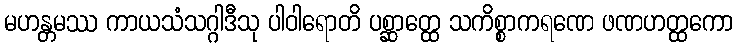
မဟန္တမဿ ကာယသံသဂ္ဂါဒီသု ပါဝါရောတိ ပစ္ဆာတ္ထေ သကိစ္စာကရဏေ ဖဏဟတ္ထကော